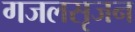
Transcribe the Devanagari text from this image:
गजलसृजन